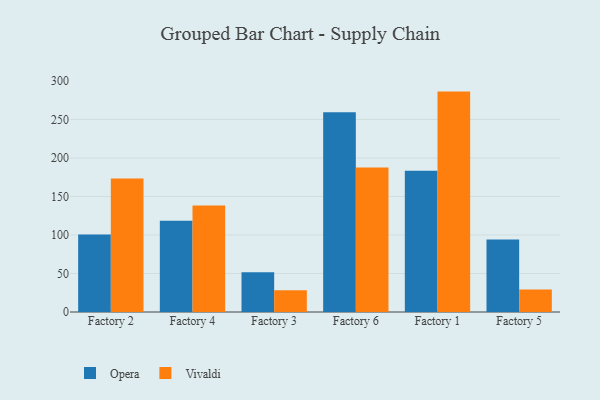
{"axis": {"x": "Factory", "y": "Headcount"}, "legend": ["Opera", "Vivaldi"], "data": [{"x": "Factory 2", "y": 100.6, "type": "Opera"}, {"x": "Factory 2", "y": 173.2, "type": "Vivaldi"}, {"x": "Factory 4", "y": 118.4, "type": "Opera"}, {"x": "Factory 4", "y": 138.2, "type": "Vivaldi"}, {"x": "Factory 3", "y": 51.6, "type": "Opera"}, {"x": "Factory 3", "y": 28.2, "type": "Vivaldi"}, {"x": "Factory 6", "y": 259.3, "type": "Opera"}, {"x": "Factory 6", "y": 187.5, "type": "Vivaldi"}, {"x": "Factory 1", "y": 183.3, "type": "Opera"}, {"x": "Factory 1", "y": 286.2, "type": "Vivaldi"}, {"x": "Factory 5", "y": 94.0, "type": "Opera"}, {"x": "Factory 5", "y": 29.3, "type": "Vivaldi"}]}